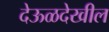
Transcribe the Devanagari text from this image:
देऊळदेखील